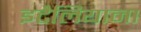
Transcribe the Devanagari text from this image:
इटैलियाना